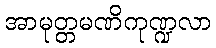
အာမုတ္တမဏိကုဏ္ဍလာ